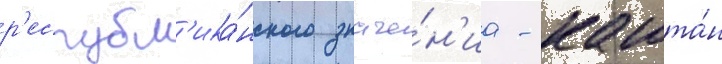
р'еспубл'ика́нского значе́н'иа - кашта́н